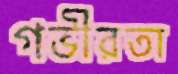
গভীরতা